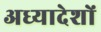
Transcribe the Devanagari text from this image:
अध्‍यादेशों